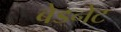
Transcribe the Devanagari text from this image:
बेडनेट